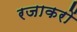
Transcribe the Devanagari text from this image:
रजाकरों